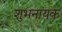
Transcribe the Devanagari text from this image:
शुभनायक